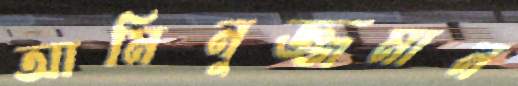
আমিনুজ্জমান